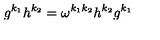
g ^ { k _ { 1 } } h ^ { k _ { 2 } } = \omega ^ { k _ { 1 } k _ { 2 } } h ^ { k _ { 2 } } g ^ { k _ { 1 } }